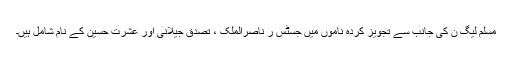
مسلم لیگ ن کی جانب سے تجویز کردہ ناموں میں جسٹس ر ناصرالملک ، تصدق جیلانی اور عشرت حسین کے نام شامل ہیں۔